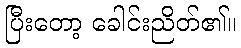
ပြီးတော့ ခေါင်းညိတ်၏။